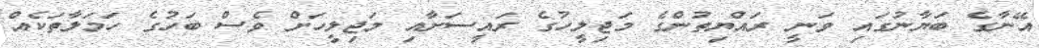
އޭނާގެ ބަޔާނުގައި ވަނީ ރައްޔިތުންގެ މަޖިލީހުގެ ރައީސަށާއި މަޖިލީހަށް ވެސް ބަހުގެ ހަމަލާތަކެއް